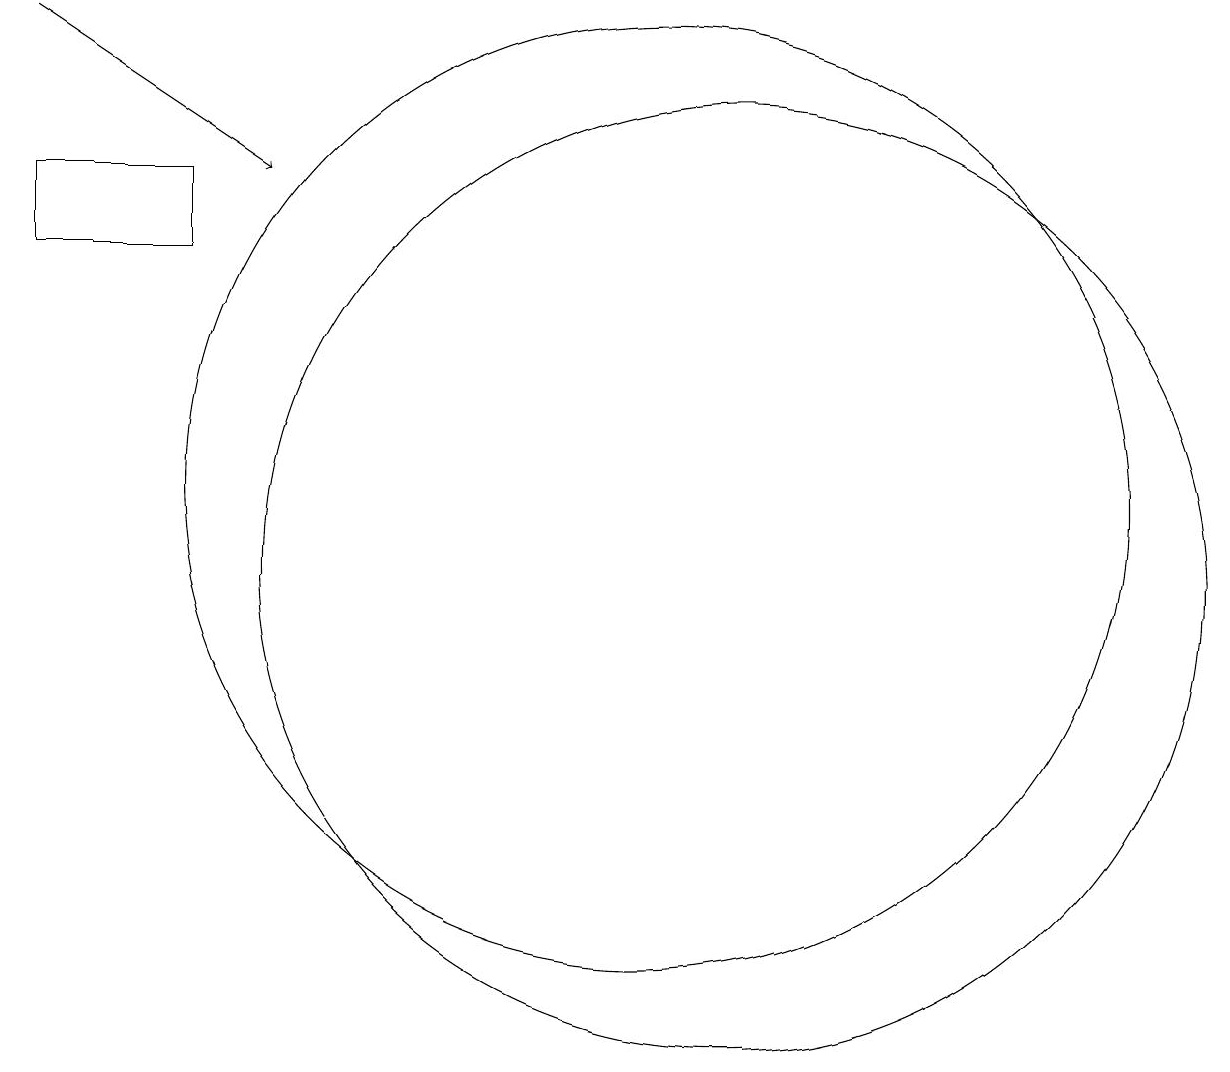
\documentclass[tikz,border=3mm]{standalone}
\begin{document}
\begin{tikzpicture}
\draw (10,12) circle (6);
\draw[->] (2,18) -- (5,16);
\draw (11,11) circle (6);
\draw (2,16) rectangle (4,15);
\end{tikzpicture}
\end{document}